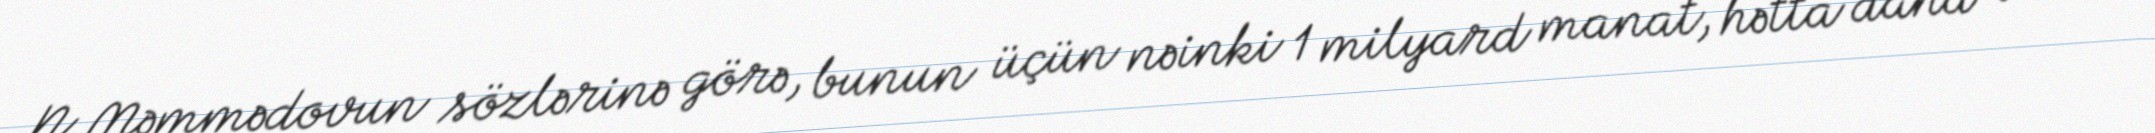
N.Məmmədovun sözlərinə görə, bunun üçün nəinki 1 milyard manat, hətta daha çox